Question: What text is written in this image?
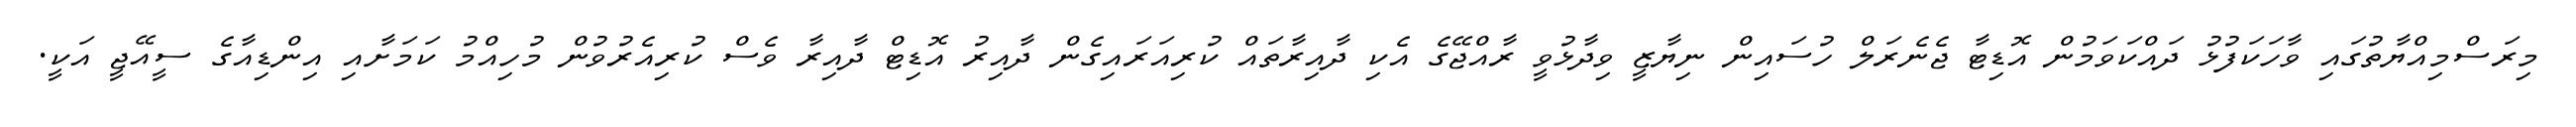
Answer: މިރަސްމިއްޔާތުގައި ވާހަކަފުޅު ދައްކަވަމުން އޮޑިޓާ ޖެނެރަލް ހުސައިން ނިޔާޒީ ވިދާޅުވީ ރާއްޖޭގެ އެކި ދާއިރާތައް ކުރިއަރައިގެން ދާއިރު އޮޑިޓް ދާއިރާ ވެސް ކުރިއެރުވުން މުހިއްމު ކަމަށާއި އިންޑިއާގެ ސީއޭޖީ އަކީ.